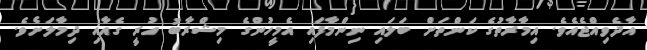
އާދެވިއްޖެއެވެ. އިމާރާތުގެ ކަންތަށް ބަލައި ނިންމާފައި އެމީހުންގެ މިޝްރާބު ހުރީ ގެއާއި ދިމާލަށެވެ.